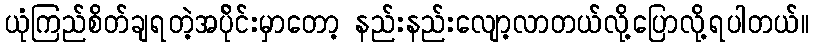
ယုံကြည်စိတ်ချရတဲ့အပို်င်းမှာတော့ နည်းနည်းလျော့လာတယ်လို့ပြောလို့ရပါတယ်။